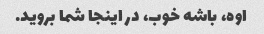
اوه، باشه خوب، در اینجا شما بروید.